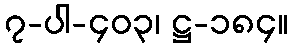
၇-ပါ-၄၀၃၊ ဋ္ဌ-၁၈၄။